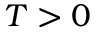
T > 0